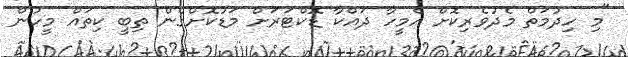
"މި ހިދުމަތް މެދުވެރިކޮށް އެމީހާ ދައްކާ ޑޮކްޓަރަށް މަޑުކޮށްގެން ތިބީ ކިތައް މީހުން